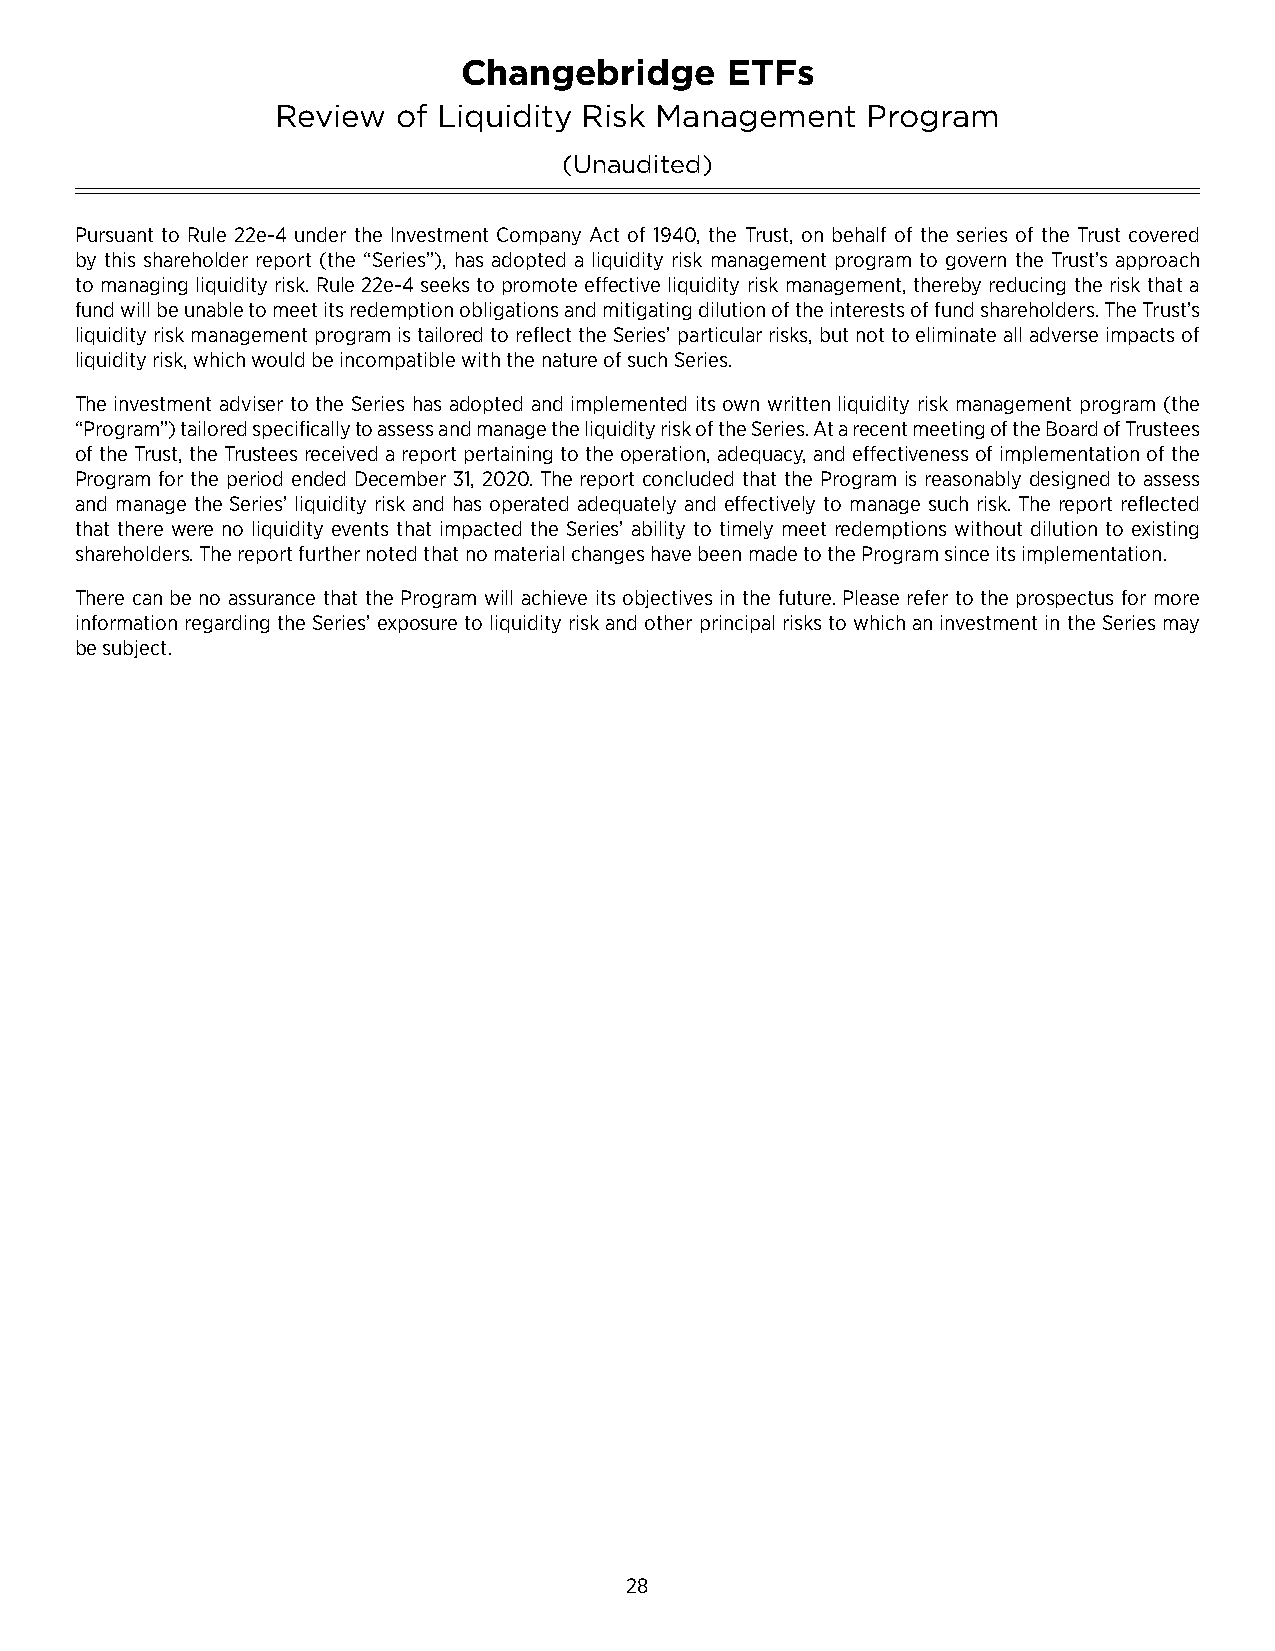
Changebridge      ETFs
 Review  of Liquidity Risk Management   Program
 (Unaudited)
 Pursuant to Rule 22e-4 under the Investment Company Act of 1940, the Trust, on behalf of the series of the Trust covered
 by this shareholder report (the “Series”), has adopted a liquidity risk management program to govern the Trust’s approach
 to managing liquidity risk� Rule 22e-4 seeks to promote effective liquidity risk management, thereby reducing the risk that a
 fund will be unable to meet its redemption obligations and mitigating dilution of the interests of fund shareholders� The Trust’s
 liquidity risk management program is tailored to reflect the Series’ particular risks, but not to eliminate all adverse impacts of
 liquidity risk, which would be incompatible with the nature of such Series�
 The investment adviser to the Series has adopted and implemented its own written liquidity risk management program (the
 “Program”) tailored specifically to assess and manage the liquidity risk of the Series� At a recent meeting of the Board of Trustees
 of the Trust, the Trustees received a report pertaining to the operation, adequacy, and effectiveness of implementation of the
 Program for the period ended December 31, 2020� The report concluded that the Program is reasonably designed to assess
 and manage the Series’ liquidity risk and has operated adequately and effectively to manage such risk� The report reflected
 that there were no liquidity events that impacted the Series’ ability to timely meet redemptions without dilution to existing
 shareholders� The report further noted that no material changes have been made to the Program since its implementation�
 There can be no assurance that the Program will achieve its objectives in the future� Please refer to the prospectus for more
 information regarding the Series’ exposure to liquidity risk and other principal risks to which an investment in the Series may
 be subject�
 28